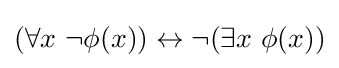
(\forall x\ \neg \phi (x))\leftrightarrow \neg (\exists x\ \phi (x))